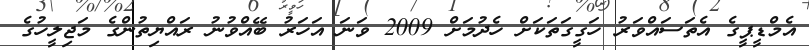
އެމްޑީޕީގެ އެތަސައްވަރު ހަގީގަތަކަށް ހެދުމަށް 2009 ވަނަ އަހަރު ބޭއްވުނު ރައްޔިތުންގެ މަޖިލީހުގެ